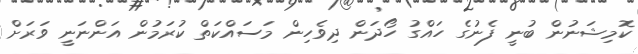
ކޮމިޝަނުން ބުނީ ފެނުގެ ހައްގު ހޯދަން ދިވެހިން މަސައްކަތް ކުރަމުން އަންނަނީ ވަރަށް